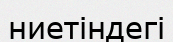
ниетіндегі